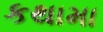
કથામા